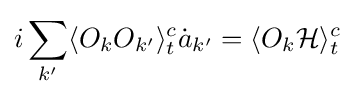
i\sum _{k^{\prime }}\langle O_{k}O_{k^{\prime }}\rangle _{t}^{c}{\dot {a}}_{k^{\prime }}=\langle O_{k}{\mathcal {H}}\rangle _{t}^{c}